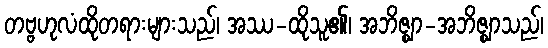
တဗ္ဗဟုလံထိုတရားများသည်၊ အဿ-ထိုသူ၏၊ အဘိဇ္ဈာ-အဘိဇ္ဈာသည်၊